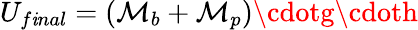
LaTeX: U_{f\mathit{i}nal}=(\mathcal{M}_{b}+\mathcal{M}_{p})\cdotg\cdoth